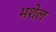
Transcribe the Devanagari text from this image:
भशेल